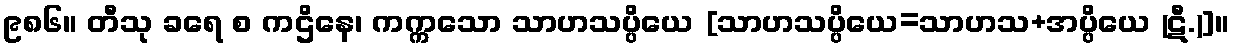
၉၈၆။ တီသု ခရေ စ ကဌိနေ၊ ကက္ကသော သာဟသပ္ပိယေ [သာဟသပ္ပိယေ=သာဟသ+အပ္ပိယေ (ဋီ.)]။